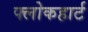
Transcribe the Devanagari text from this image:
फ्लोकहार्ट